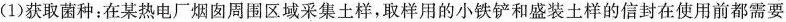
(1)获取菌种：在某热电厂烟囱周围区域采集土样，取样用的小铁铲和盛装土样的信封在使用前都需要